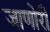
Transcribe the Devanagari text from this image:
जाणोरी